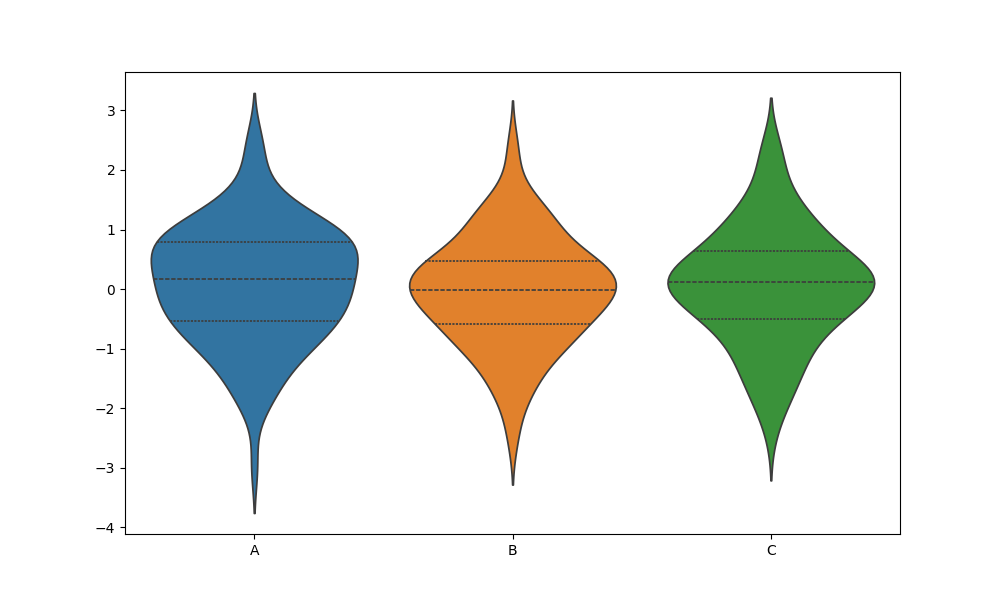
python, seaborn, violinplot, scale='count', split='False', inner='quart', fill='True'